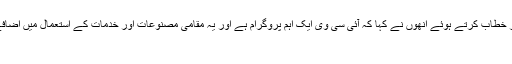
ادنوک کے تیسرے سالانہ بزنس پارٹنرشپ فورم کے موقع پر خطاب کرتے ہوئے انھوں نے کہا کہ آئی سی وی ایک اہم پروگرام ہے اور یہ مقامی مصنوعات اور خدمات کے استعمال میں اضافے، روزگار کے مواقع پیدا کرنے اور برآمدات بڑھانے کی...
ابوظہبی،15نومبر،2018(وام)۔